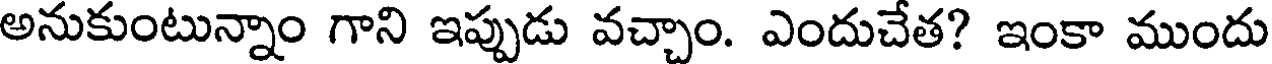
అనుకుంటున్నాం గాని ఇప్పుడు వచ్చాం. ఎందుచేత? ఇంకా ముందు